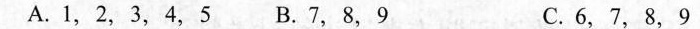
A.1，2，3，4，5 B.7，8，9 C.6，7，8，9